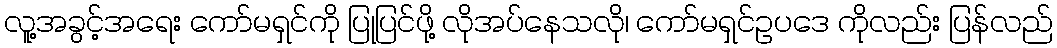
လူ့အခွင့်အရေး ကော်မရှင်ကို ပြုပြင်ဖို့ လိုအပ်နေသလို၊ ကော်မရှင်ဥပဒေ ကိုလည်း ပြန်လည်